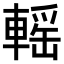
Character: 𨍳